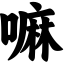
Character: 嘛